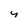
Character: y